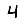
Digit: 4